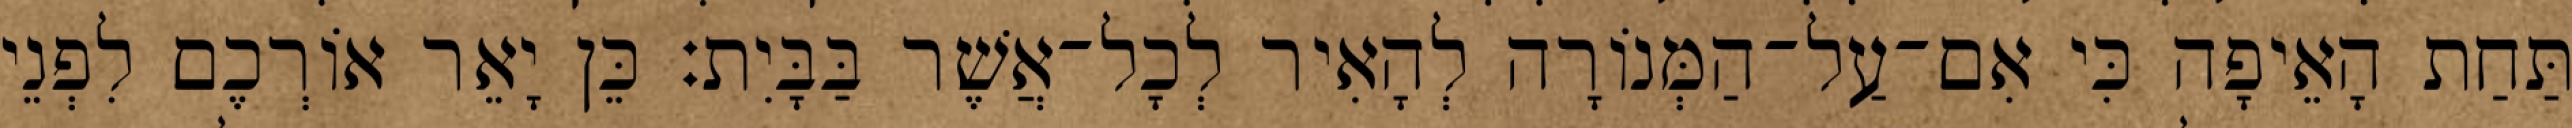
תַּחַת הָאֵיפָה כִּי אִם־עַל־הַמְּנוֹרָה לְהָאִיר לְכָל־אֲשֶׁר בַּבָּיִת׃ כֵּן יָאֵר אוֹרְכֶם לִפְנֵי